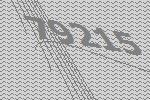
79215